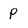
Character: p